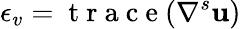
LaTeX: \epsilon_{v}=\mathrm{~t~r~a~c~e~}(\nabla^{s}\textbf{u})